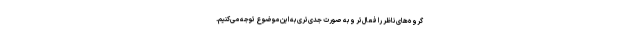
گروه‌های ناظر را فعال‌تر و به صورت جدی‌تری به این موضوع توجه می‌کنیم.